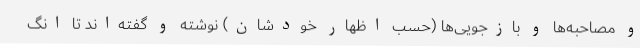
و مصاحبه‌ها و بازجویی‌ها (حسب اظهار خودشان) نوشته و گفته‌اند تا انگ